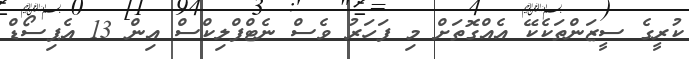
ކުރީގެ ސީޒަންތަކެކޭ އެއްގޮތަށް މި ފަހަރު ވެސް ނެޓްފްލިކްސް އިން 13 އެޕިސޯޑް